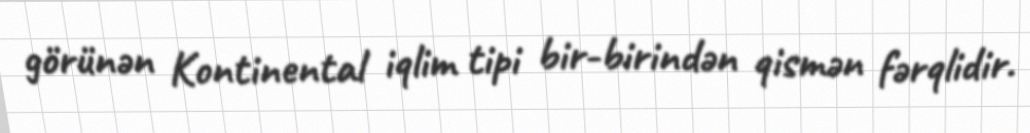
görünən Kontinental iqlim tipi bir-birindən qismən fərqlidir.